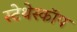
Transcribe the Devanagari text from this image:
स्‍टेथेस्‍कॉप